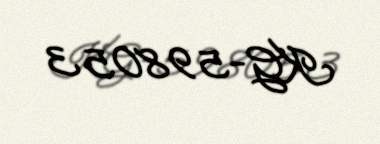
KG-598053